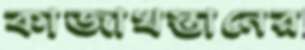
কাজাখস্তানের